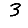
Digit: 3